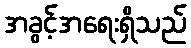
အခွင့်အရေးရှိသည်